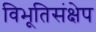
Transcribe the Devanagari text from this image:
विभूतिसंक्षेप